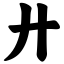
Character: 廾